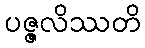
ပဇ္ဇလိဿတိ